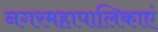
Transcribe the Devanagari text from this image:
नगरमहापालिकाएं